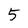
Character: 5